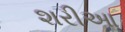
શરીઆ